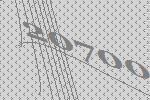
20700